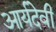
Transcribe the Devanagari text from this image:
आर्यदेवी